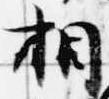
相